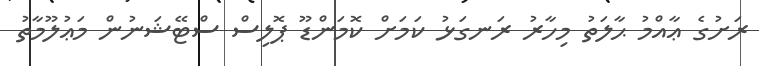
ރަށުގެ ޢާއްމު ޙާލަތު މިހާރު ރަނގަޅު ކަމަށް ކޮމަންޑޫ ޕޮލިސް ސްޓޭޝަނުން މަޢުލޫމާތު